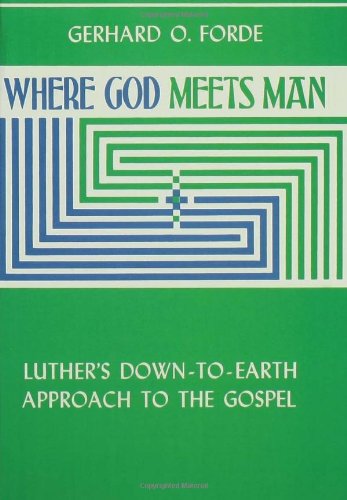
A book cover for Where God Meets Man; Gerhard O. Forde; Christian Books & Bibles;